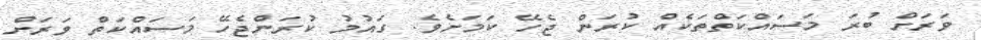
ވަރަށް ބުރަ މަސައްކަތްތަކެއް ކުރަން ޖެހޭ ކަމަށެވެ. ގައުމު ކުރަންޖެހޭ މަސައްކަތް ވަރަށް